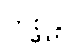
တုစ္ဆန္တိ